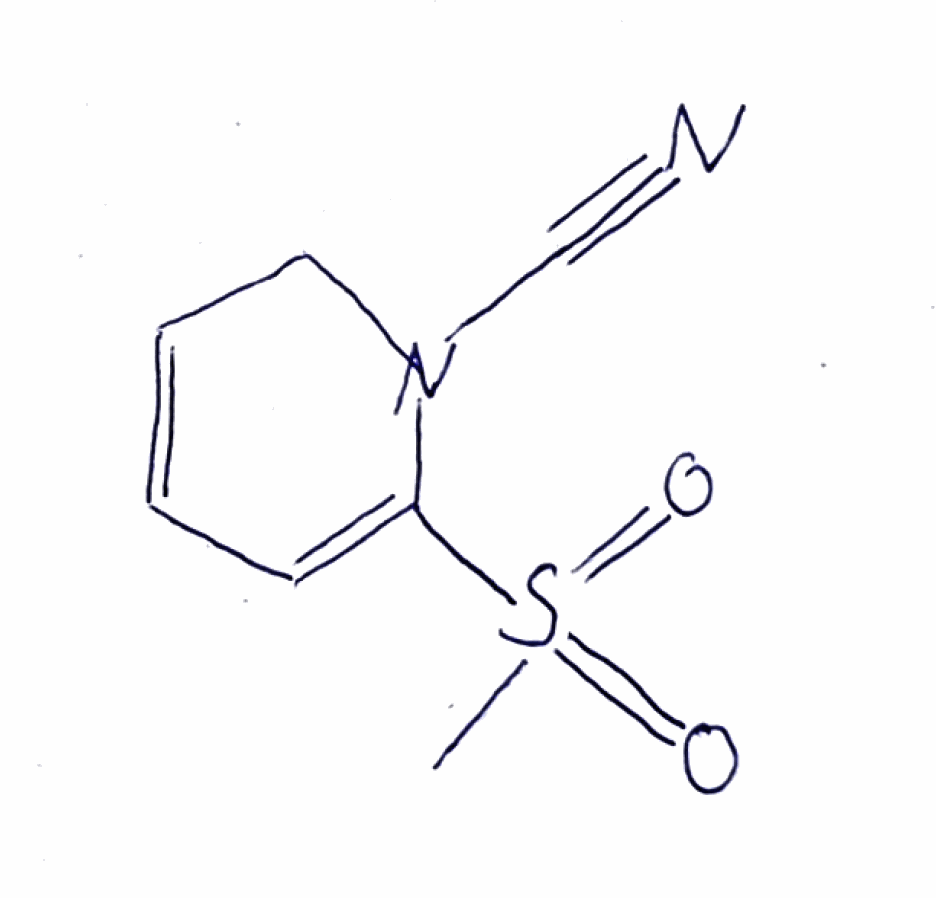
Simplified molecular-input line-entry system (SMILES) notation of the given molecule:
CS(=O)(=O)C1=CC=CCN1C#N